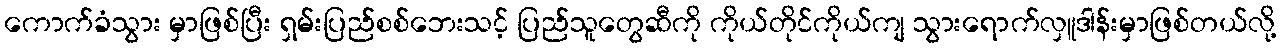
ကောက်ခံသွား မှာဖြစ်ပြီး ရှမ်းပြည်စစ်ဘေးသင့် ပြည်သူတွေဆီကို ကိုယ်တိုင်ကိုယ်ကျ သွားရောက်လှူဒါန်းမှာဖြစ်တယ်လို့